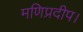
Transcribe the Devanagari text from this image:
मणिप्रदीप।